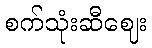
စက်သုံးဆီဈေး